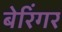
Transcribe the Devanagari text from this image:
बेरिंगर